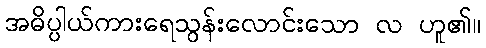
အဓိပ္ပါယ်ကားရေသွန်းလောင်းသော လ ဟူ၏။